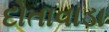
દોતાવાડા